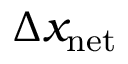
\Delta x _ { \mathrm { n e t } }